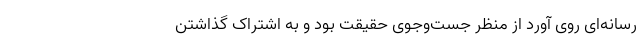
رسانه‌ای روی آورد از منظر جست‌و‌جوی حقیقت بود و به اشتراک گذاشتن